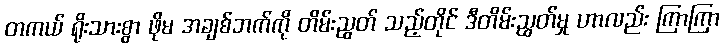
တကယ် ရိုးသားစွာ ဖိုမ အချစ်ဘက်ကို တိမ်းညွတ် သည့်တိုင် ဒီတိမ်းညွတ်မှု ဟာလည်း ကြာကြာ